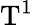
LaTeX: \mathrm{T}^{1}